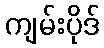
ကျမ်းပိုဒ်